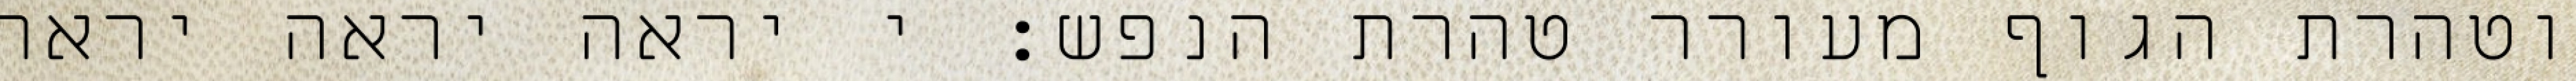
וטהרת הגוף מעורר טהרת הנפש: י יראה יראה יראה